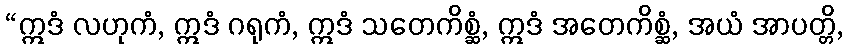
“ဣဒံ လဟုကံ, ဣဒံ ဂရုကံ, ဣဒံ သတေကိစ္ဆံ, ဣဒံ အတေကိစ္ဆံ, အယံ အာပတ္တိ,